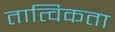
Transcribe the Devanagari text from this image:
तात्विकता